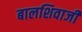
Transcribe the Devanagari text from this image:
बालशिवाजी